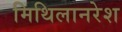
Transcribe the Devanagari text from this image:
मिथिलानरेश